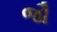
જૌ